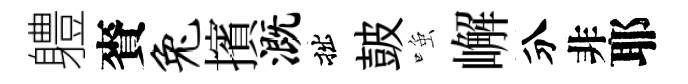
軆賚兔擯溉拙皷𫪻嶰分非耶